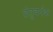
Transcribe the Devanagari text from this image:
तंतुवर्धक